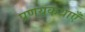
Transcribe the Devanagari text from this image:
प्रणयकथाएँ